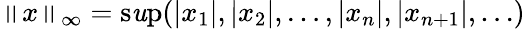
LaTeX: \left\| x\right\| _{\infty}=\operatorname*{s\mathit{u}p}(|x_{1}|,|x_{2}|,\dotsc,|x_{n}|,|x_{n+1}|,\ldots)